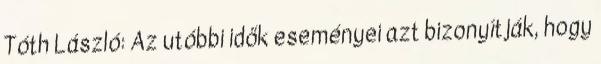
Tóth László: Az utóbbi idők eseményei azt bizonyítják, hogy